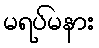
မရပ်မနား